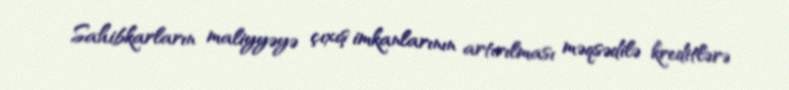
Sahibkarların maliyyəyə çıxış imkanlarının artırılması məqsədilə kreditlərə